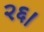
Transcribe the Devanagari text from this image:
२६।